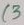
Text: C3